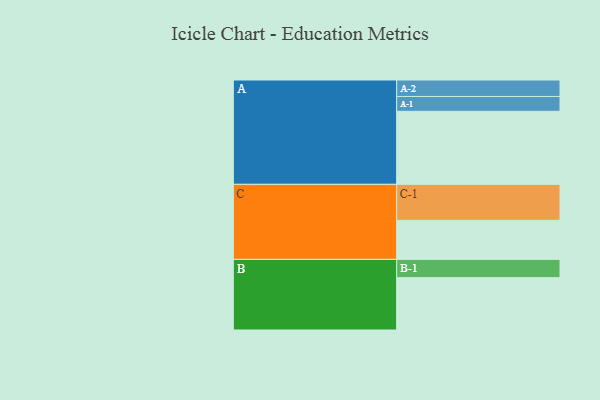
{"axis": {"x": "Segment", "y": "Value"}, "legend": ["", "A", "B", "C"], "data": [{"x": "A", "y": 576, "type": ""}, {"x": "B", "y": 413, "type": ""}, {"x": "C", "y": 308, "type": ""}, {"x": "A-1", "y": 117, "type": "A"}, {"x": "A-2", "y": 130, "type": "A"}, {"x": "B-1", "y": 144, "type": "B"}, {"x": "C-1", "y": 284, "type": "C"}]}